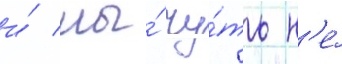
и́ мы́ чу́ть н'е́